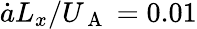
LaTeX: \dot{a}L_{x}/U_{\mathrm{~A~}}=0.01